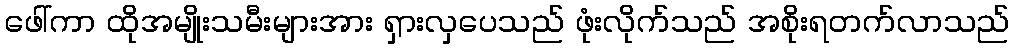
ဖေါ်ကာ ထိုအမျိုးသမီးများအား ရှားလှပေသည် ဖုံးလိုက်သည် အစိုးရတက်လာသည်